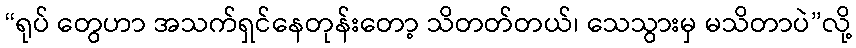
“ရုပ် တွေဟာ အသက်ရှင်နေတုန်းတော့ သိတတ်တယ်၊ သေသွားမှ မသိတာပဲ”လို့